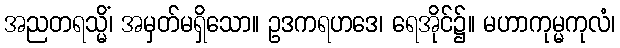
အညတရသ္မိံ၊ အမှတ်မရှိသော။ ဥဒကရဟဒေ၊ ရေအိုင်၌။ မဟာကုမ္မကုလံ၊